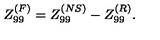
Z _ { 9 9 } ^ { ( F ) } = Z _ { 9 9 } ^ { ( N S ) } - Z _ { 9 9 } ^ { ( R ) } .